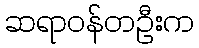
ဆရာဝန်တဦးက